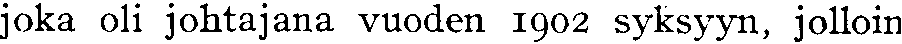
joka oli johtajana vuoden 1902 syksyyn, jolloin